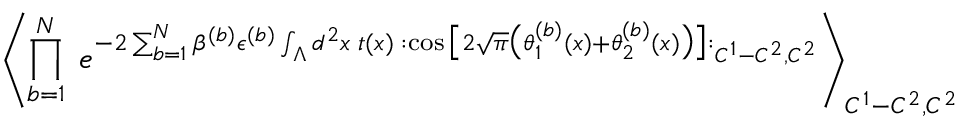
\left\langle \prod _ { b = 1 } ^ { N } \; e ^ { - 2 \sum _ { b = 1 } ^ { N } \beta ^ { ( b ) } \epsilon ^ { ( b ) } \int _ { \Lambda } d ^ { 2 } x \; t ( x ) \; : \cos \big [ 2 \sqrt { \pi } \big ( \theta _ { 1 } ^ { ( b ) } ( x ) + \theta _ { 2 } ^ { ( b ) } ( x ) \big ) \big ] : _ { C ^ { 1 } - C ^ { 2 } , C ^ { 2 } } } \right\rangle _ { C ^ { 1 } - C ^ { 2 } , C ^ { 2 } }